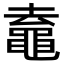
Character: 鼁